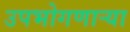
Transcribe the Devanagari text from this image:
उपभोगणार्‍या